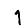
Digit: 1